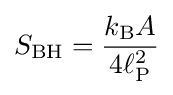
S_{\text{BH}}={\frac {k_{\text{B}}A}{4\ell _{\text{P}}^{2}}}